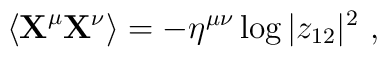
\langle {\bf X}^\mu {\bf X}^\nu \rangle = - \eta^{\mu\nu} \log |z_{12}|^2~,